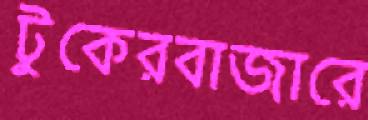
টুকেরবাজারে